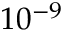
1 0 ^ { - 9 }